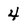
Character: 4